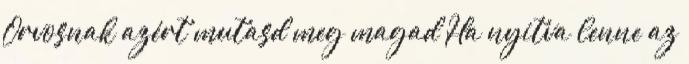
Orvosnak azért mutasd meg magad Ha nyitva lenne az